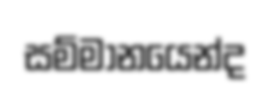
සම්මානයෙන්ද